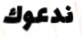
ندعوك